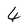
Character: 4